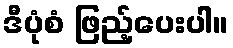
ဒီပုံစံ ဖြည့်ပေးပါ။